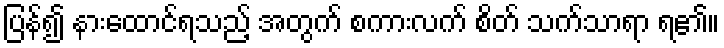
ပြန်၍ နားထောင်ရသည့် အတွက် စကားလက် စိတ် သက်သာရာ ရ၏။